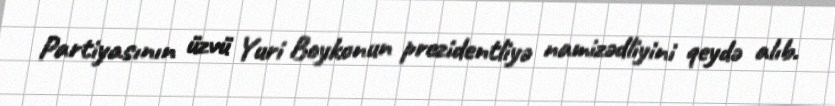
Partiyasının üzvü Yuri Boykonun prezidentliyə namizədliyini qeydə alıb.